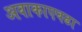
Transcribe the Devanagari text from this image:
अवाकाएवढा